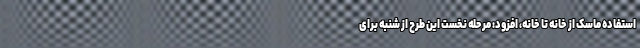
استفاده ماسک از خانه تا خانه، افزود: مرحله نخست این طرح از شنبه برای